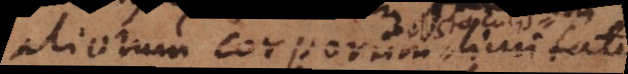
aliorum corporum limitatur,